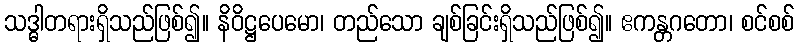
သဒ္ဓါတရားရှိသည်ဖြစ်၍။ နိဝိဋ္ဌပေမော၊ တည်သော ချစ်ခြင်းရှိသည်ဖြစ်၍။ ဧကန္တဂတော၊ စင်စစ်